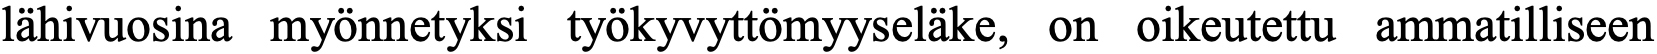
lähivuosina myönnetyksi työkyvyttömyyseläke, on oikeutettu ammatilliseen